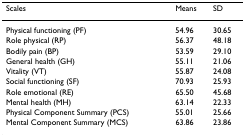
<table><thead><tr><td><b>Scales</b></td><td><b>Means</b></td><td><b>SD</b></td></tr></thead><tbody><tr><td>Physical functioning (PF)</td><td>54.96</td><td>30.65</td></tr><tr><td>Role physical (RP)</td><td>56.37</td><td>48.18</td></tr><tr><td>Bodily pain (BP)</td><td>53.59</td><td>29.10</td></tr><tr><td>General health (GH)</td><td>55.11</td><td>21.06</td></tr><tr><td>Vitality (VT)</td><td>55.87</td><td>24.08</td></tr><tr><td>Social functioning (SF)</td><td>70.93</td><td>25.93</td></tr><tr><td>Role emotional (RE)</td><td>65.50</td><td>45.68</td></tr><tr><td>Mental health (MH)</td><td>63.14</td><td>22.33</td></tr><tr><td>Physical Component Summary (PCS)</td><td>55.01</td><td>25.66</td></tr><tr><td>Mental Component Summary (MCS)</td><td>63.86</td><td>23.86</td></tr></tbody></table>